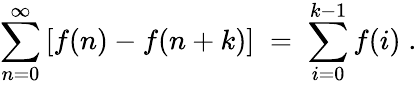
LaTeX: \sum_{n=0}^{\infty}\left[f(n)-f(n+k)\right]\; =\; \sum_{i=0}^{k-1}f(i)\; .